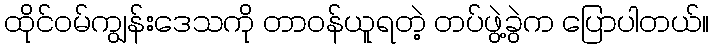
ထိုင်ဝမ်ကျွန်းဒေသကို တာဝန်ယူရတဲ့ တပ်ဖွဲ့ခွဲက ပြောပါတယ်။